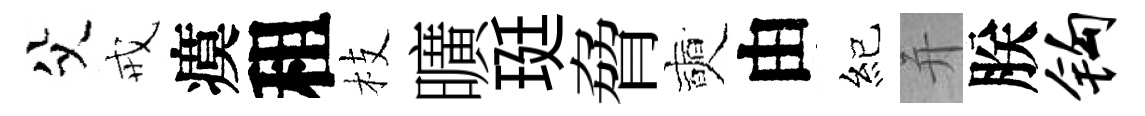
父戒瘼租枝曠珽脅奭由紀并朕钩